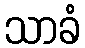
သာခံ